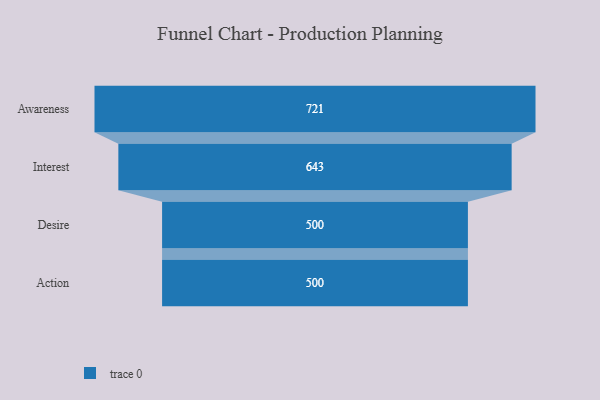
{"axis": {"x": "Stage", "y": "Value"}, "legend": [""], "data": [{"x": "Awareness", "y": 721.0, "type": ""}, {"x": "Interest", "y": 643.0, "type": ""}, {"x": "Desire", "y": 500, "type": ""}, {"x": "Action", "y": 500, "type": ""}]}